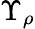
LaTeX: \Upsilon_{\rho}